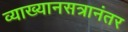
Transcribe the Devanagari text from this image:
व्याख्यानसत्रानंतर